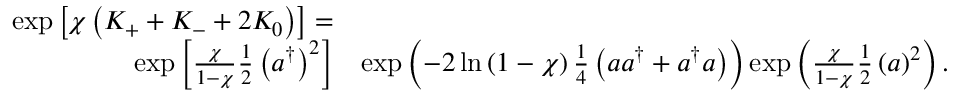
\begin{array} { r l } { \exp \left[ \chi \left( K _ { + } + K _ { - } + 2 K _ { 0 } \right) \right] = } & { } \\ { \exp \left[ \frac { \chi } { 1 - \chi } \frac { 1 } { 2 } \left( a ^ { \dag } \right) ^ { 2 } \right] } & { \exp \left( - 2 \ln \left( 1 - \chi \right) \frac { 1 } { 4 } \left( a a ^ { \dag } + a ^ { \dag } a \right) \right) \exp \left( \frac { \chi } { 1 - \chi } \frac { 1 } { 2 } \left( a \right) ^ { 2 } \right) . } \end{array}